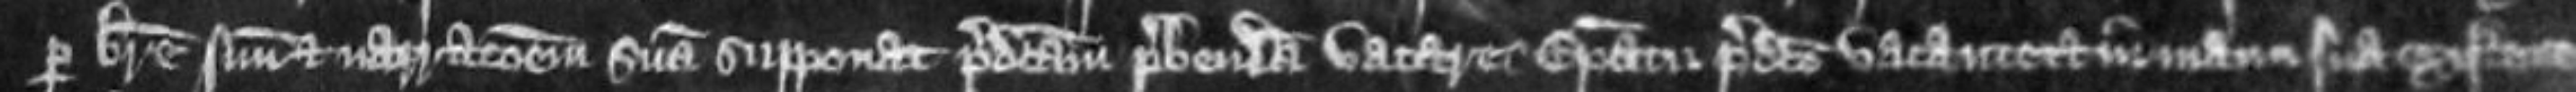
per breve suum et narrationem suam supponat predictam prebendam vacare episcopatu predicto vacante et in manu sua existente